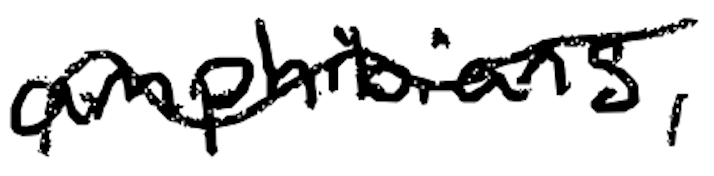
Text: amphibians,
Cross-out: wave
Writing tool: digital_black